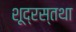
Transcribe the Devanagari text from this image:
शूद्रस्तथा